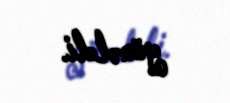
yönəldi.